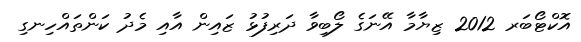
އޮކްޓޯބަރ 2012 ޒިޔާމާ އޭނަގެ ލޯބިވާ ދަރިފުޅު ޒައިން އާއި މެދު ކަންތައްހިނގި